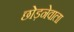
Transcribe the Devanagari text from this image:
छोड़नेवाला